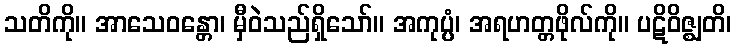
သတိကို။ အာသေဝန္တော၊ မှီဝဲသည်ရှိသော်။ အကုပ္ပံ၊ အရဟတ္တဖိုလ်ကို။ ပဋိဝိဇ္ဈတိ၊